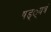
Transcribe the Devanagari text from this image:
षड््यत्रं